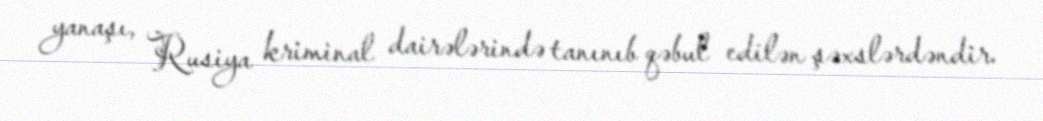
yanaşı, Rusiya kriminal dairələrində tanınıb qəbul edilən şəxslərdəndir.